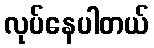
လုပ်နေပါတယ်